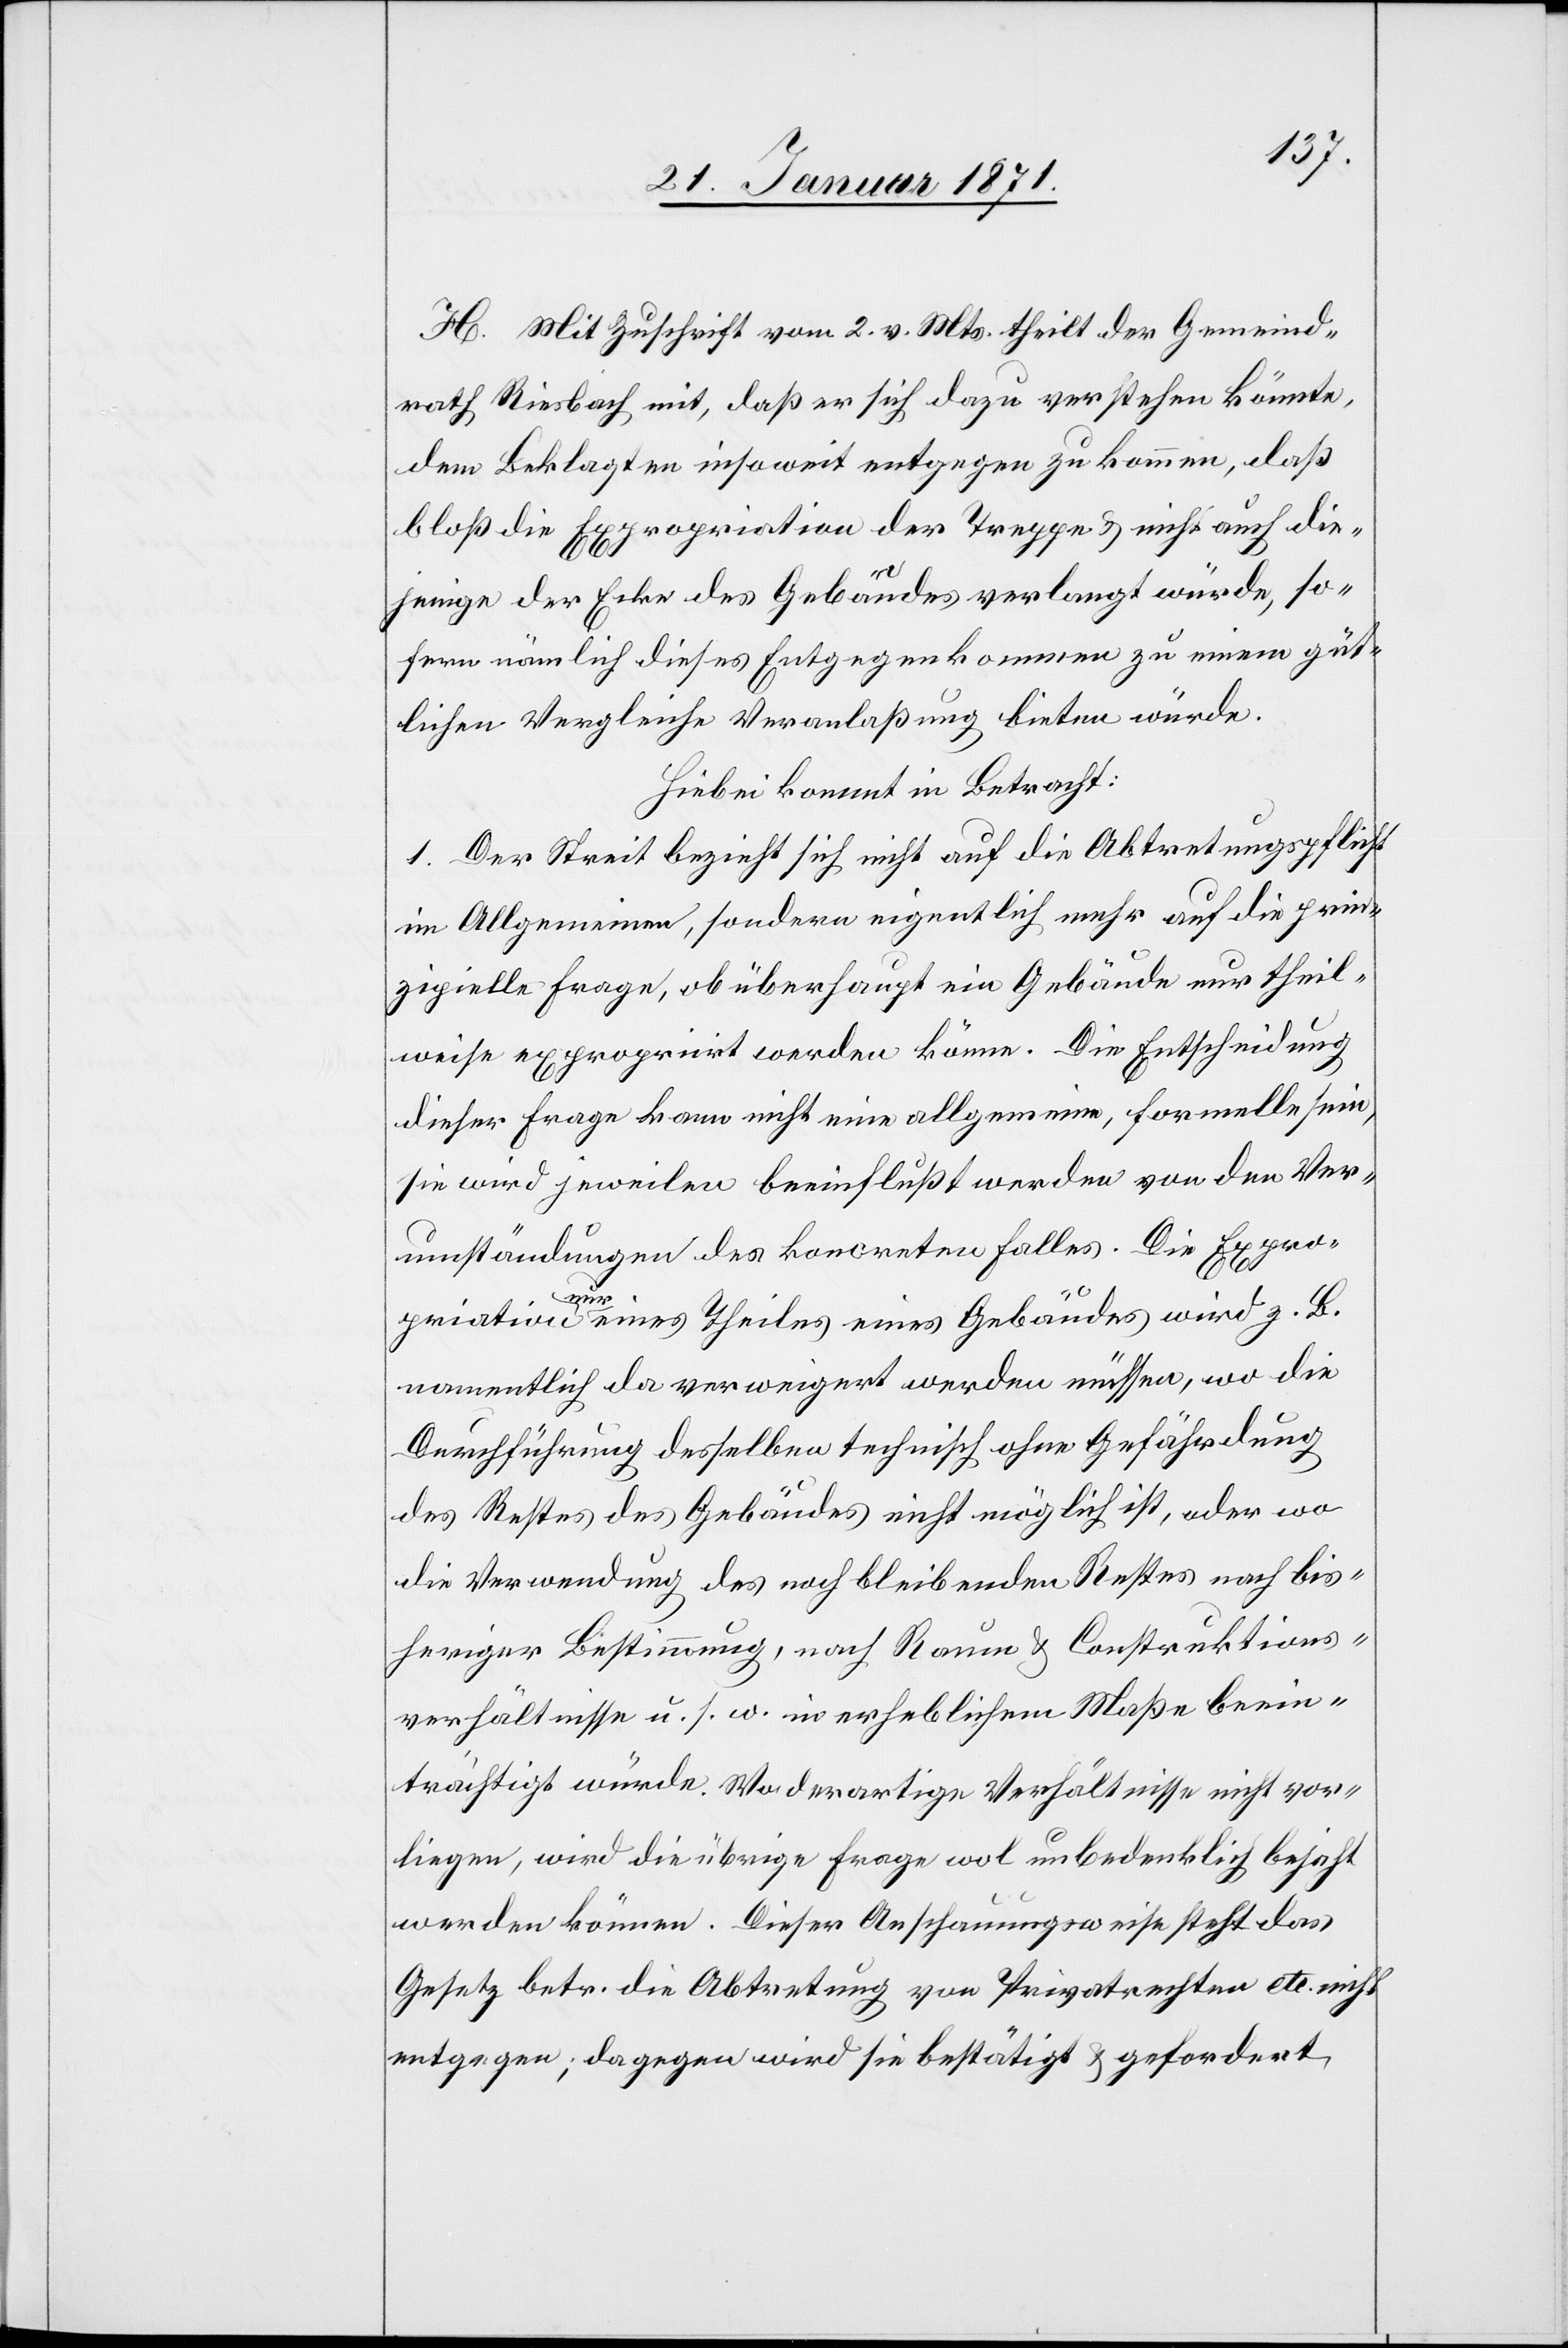
H. Mit Zuschrift vom 2.v. Mts. theilt der Gemeind¬
rath Riesbach mit, daß er sich dazu verstehen könnte,
dem Beklagten insoweit entgegen zu kommen, daß
bloß die Expropriation der Treppen u. nicht auch die¬
jenige der Ecke des Gebäudes verlangt würde, so¬
fern nämlich dieses Entgegenkommen zu einem güt¬
lichen Vergleiche Veranlaßung bieten würde.
Hierbei kommt in Betracht:
1. Der Streit bezieht sich nicht auf die Abtretungspflicht
im Allgemeinen, sondern eigentlich mehr auf die prin¬
zipielle Frage, ob überhaupt ein Gebäude nur theil¬
weise expropriirt werden könne. Die Entscheidung
dieser Frage kann nicht eine allgemeine, formelle sein,
sie wird jeweilen beeinflußt werden von den Ver¬
umständungen des koncreten Falles. Die Expro¬
priation nur eines Theiles eines Gebäudes wird z. B.
namentlich da verweigert werden müssen, wo die
Durchführung desselben technisch ohne Gefährdung
des Restes des Gebäudes nicht möglich ist, oder wo
die Verwendung des noch bleibenden Restes nach bis¬
heriger Bestimmung, nach Raum u. Construktions¬
verhältnisse u. s. w. in erheblichem Maße beein¬
trächtigt würde. Wo derartige Verhältnisse nicht vor¬
liegen, wird die übrige Frage wol unbedenklich bejaht
werden können. Dieser Anschauungsweise steht das
Gesetz betr. die Abtretung von Privatrechten etc. nicht
entgegen, dagegen wird sie bestätigt u. gefordert